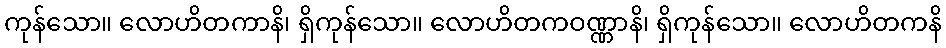
ကုန်သော။ လောဟိတကာနိ၊ ရှိကုန်သော။ လောဟိတကဝဏ္ဏာနိ၊ ရှိကုန်သော။ လောဟိတကနိ